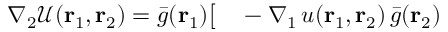
\begin{array} { r l } { \nabla _ { 2 } \mathcal { U } ( { \mathbf { r } _ { 1 } } , { \mathbf { r } _ { 2 } } ) = \bar { g } ( { \mathbf { r } _ { 1 } } ) \big [ } & { { } - \nabla _ { 1 } \, u ( { \mathbf { r } _ { 1 } } , { \mathbf { r } _ { 2 } } ) \, \bar { g } ( { \mathbf { r } _ { 2 } } ) } \end{array}